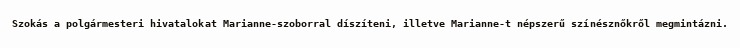
Szokás a polgármesteri hivatalokat Marianne-szoborral díszíteni, illetve Marianne-t népszerű színésznőkről megmintázni.